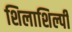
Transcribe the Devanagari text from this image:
शिलाशिल्पी